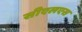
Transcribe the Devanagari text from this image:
सीएलएस